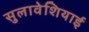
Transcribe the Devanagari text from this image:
सुलावेशियाई